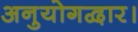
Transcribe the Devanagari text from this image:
अनुयोगद्वार।